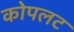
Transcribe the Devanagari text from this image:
कोपलट